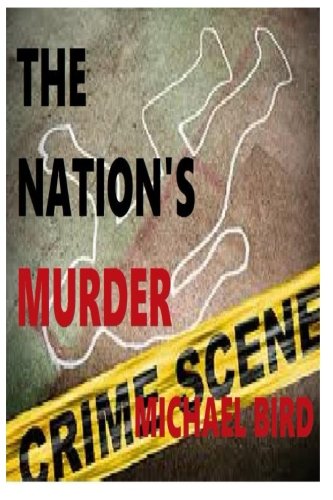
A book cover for The Nation's Murder (Volume 1); Mr. Michael D Bird; Biographies & Memoirs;